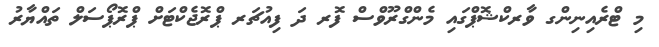
މި ޓްރެއިނިންގ ވާރކްޝޮޕްގައި މެންގްރޫވްސް ފޮރ ދަ ފިއުޗަރ ޕްރޮޖެކްޓަށް ޕްރޮޕޯސަލް ތައްޔާރު